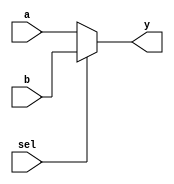
module mux_2to1 (
    input wire a,        // Input A
    input wire b,        // Input B
    input wire sel,      // Select Signal
    output reg y         // Output Y
);

// Always block with sensitivity list
always @ (a, b, sel) begin
    // Immediate assignment using the '=' operator
    if (sel) begin
        y = b; // If sel is high, output B
    end else begin
        y = a; // If sel is low, output A
    end
end

endmodule